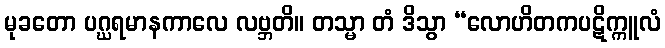
မုခတော ပဂ္ဃရမာနကာလေ လဗ္ဘတိ။ တသ္မာ တံ ဒိသွာ “လောဟိတကပဋိက္ကူလံ